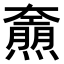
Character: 𤑌